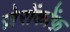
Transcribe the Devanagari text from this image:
ज़ेरोंकोंफ़